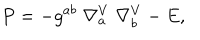
P = - g ^ { a b } \; \nabla _ { a } ^ { V } \; \nabla _ { b } ^ { V } - E ,